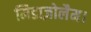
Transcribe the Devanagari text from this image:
मिडाज़ोलैम।